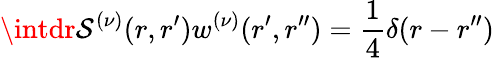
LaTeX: \intdr\mathcal{S}^{(\nu)}(r,r^{\prime})w^{(\nu)}(r^{\prime},r^{\prime\prime})=\frac{1}{4}\delta(r-r^{\prime\prime})